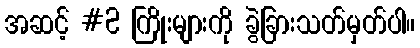
အဆင့် #2 ကြိုးများကို ခွဲခြားသတ်မှတ်ပါ။